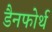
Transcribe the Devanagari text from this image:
डैनफोर्थ